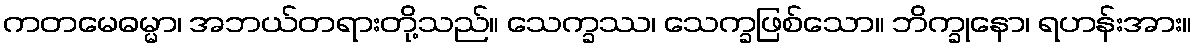
ကတမေဓမ္မာ၊ အဘယ်တရားတို့သည်။ သေက္ခဿ၊ သေက္ခဖြစ်သော။ ဘိက္ခုနော၊ ရဟန်းအား။